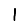
Digit: 1